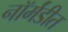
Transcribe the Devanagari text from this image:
नॉर्मंडीत